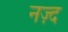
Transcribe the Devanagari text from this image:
नज़्द